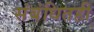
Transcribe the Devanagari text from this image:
संबंधितही